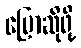
ပြောဆိုဖို့